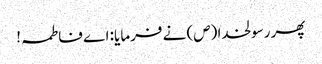
پھر رسولخدا (ص) نے فرمایا: اے فاطمہ!